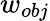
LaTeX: w_{obj}